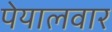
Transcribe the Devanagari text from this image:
पेयालवार